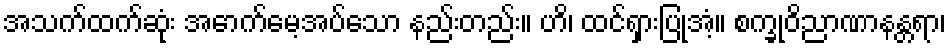
အသက်ထက်ဆုံး အောက်မေ့အပ်သော နည်းတည်း။ ဟိ၊ ထင်ရှားပြုအံ့။ စက္ခုဝိညာဏာနန္တရာ၊